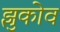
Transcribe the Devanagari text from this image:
झुकोव